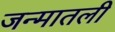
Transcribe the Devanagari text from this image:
जन्मातली